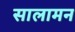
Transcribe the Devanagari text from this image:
सालामन